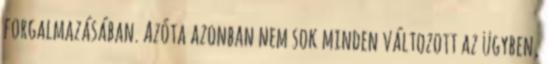
forgalmazásában. Azóta azonban nem sok minden változott az ügyben,